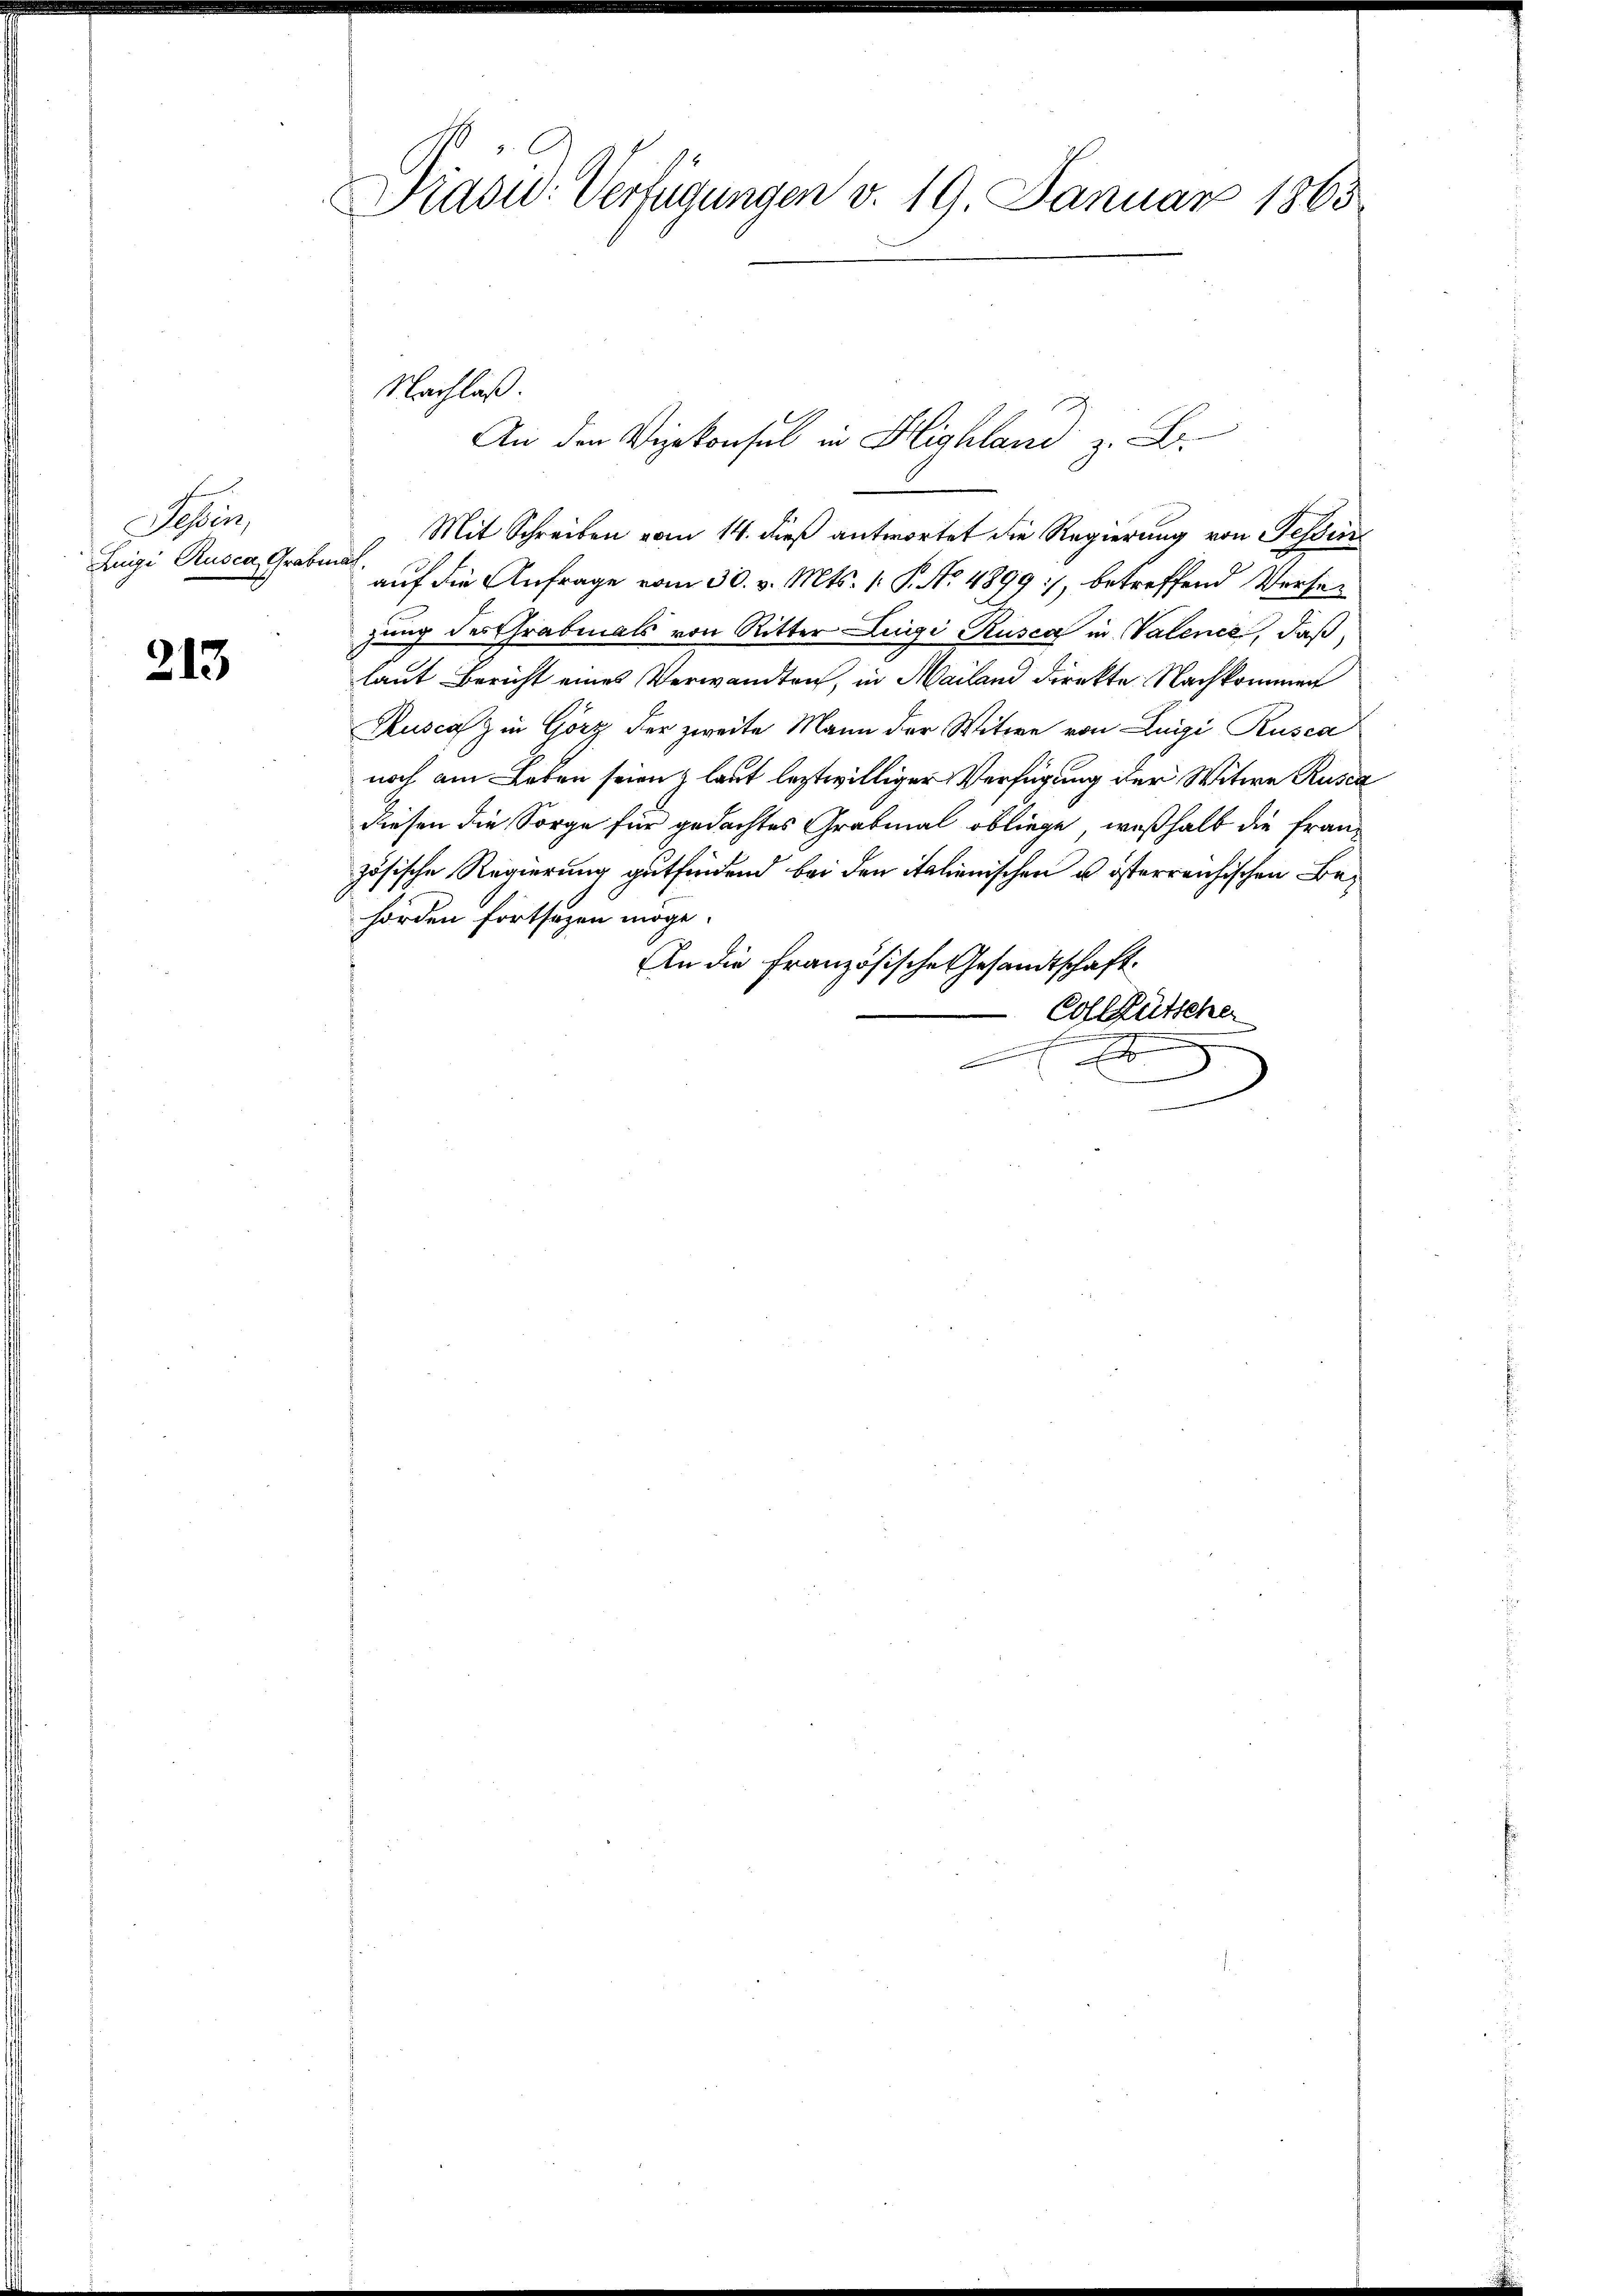
Sees
Luigi Rusca, Grabmal,

213

Präsid. Verfügungen v. 19. Januar 1865

Mit Schreiben vom 14. dieß antwortet die Regierung von Tessini
auf die Anfrage vom 30. v. Mts. 1. P. No. 4899, betreffend Versezung des Chrabmals von Ritter Luigi Rusca in Valence, daß
laut Bericht eines Verwandten, in Mailand direkte Nachkommen
Ruscaz in Görz der zweite Mann der Witwe von Luigi Rusca
noch am Leben seien, laut letztwilliger Verfügung der Witwe Rusca
diesen die Sorge für gedachtes Grabmal obliege, weßhalb die französische Regierung gutfindend bei den italienischen u. österreichischen Behörden fortsetzen möge.
An die Französische Gesandtschaft.
Collgütsche
.
x
x

Nachlaß.
An den Vizekonsul in Highland z. B.